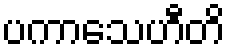
ပကာသေဟီတိ